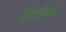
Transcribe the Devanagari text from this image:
पेंटामिन